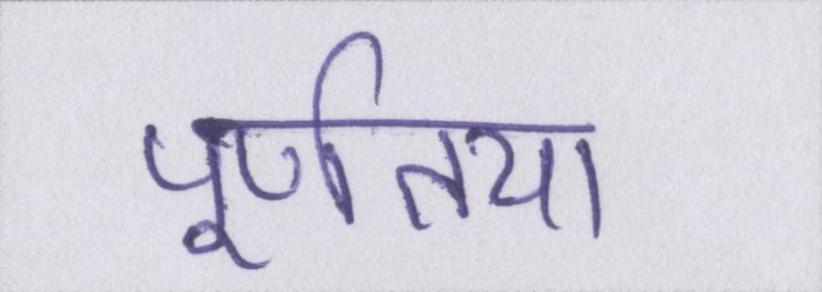
पूर्णतया